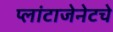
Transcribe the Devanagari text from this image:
प्लांटाजेनेटचे